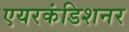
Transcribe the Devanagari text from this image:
एयरकंडिशनर